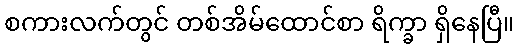
စကားလက်တွင် တစ်အိမ်ထောင်စာ ရိက္ခာ ရှိနေပြီ။